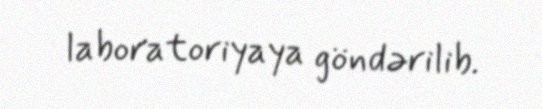
laboratoriyaya göndərilib.